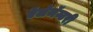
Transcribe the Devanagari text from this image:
ऍलॅमॅन्टरी